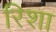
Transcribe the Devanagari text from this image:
रिशा